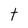
Character: t